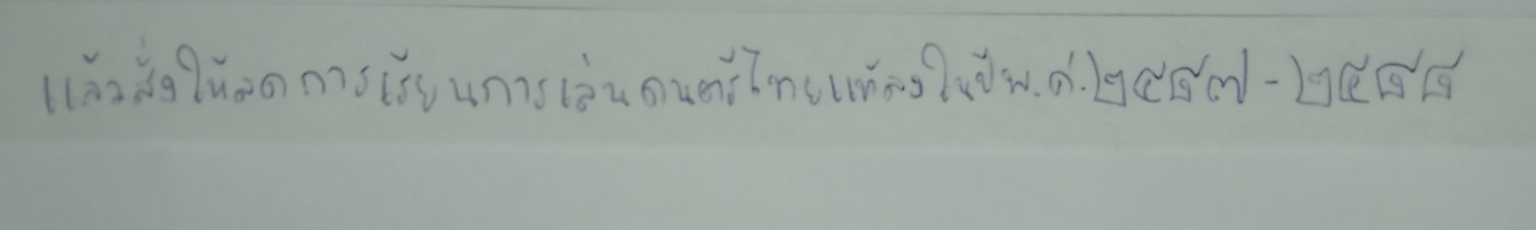
แล้วสั่งให้ลดการเรียนการเล่นดนตรีไทยแท้ลงในปีพ.ศ.๒๔๘๗-๒๔๘๘